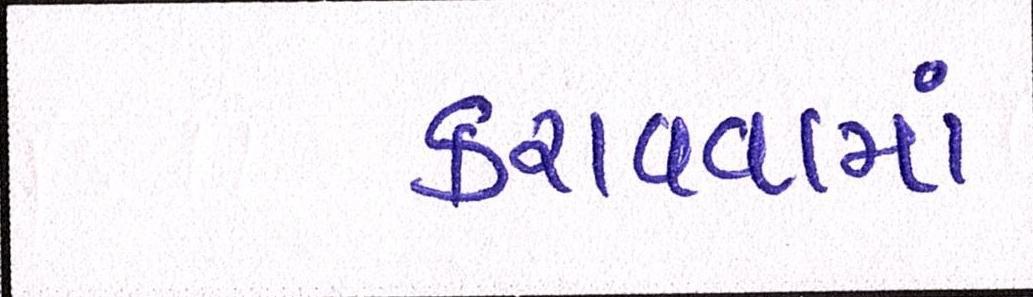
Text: કરાવવામાં